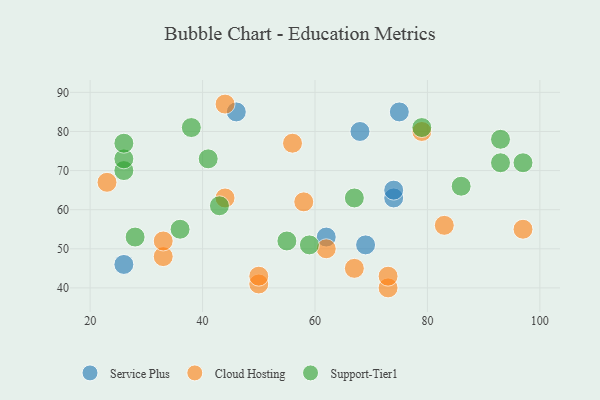
{"axis": {"x": "GDP", "y": "Life Expectancy"}, "legend": ["Cloud Hosting", "Service Plus", "Support-Tier1"], "data": [{"x": "68", "y": 80, "type": "Service Plus"}, {"x": "74", "y": 63, "type": "Service Plus"}, {"x": "74", "y": 65, "type": "Service Plus"}, {"x": "69", "y": 51, "type": "Service Plus"}, {"x": "46", "y": 85, "type": "Service Plus"}, {"x": "26", "y": 46, "type": "Service Plus"}, {"x": "75", "y": 85, "type": "Service Plus"}, {"x": "62", "y": 53, "type": "Service Plus"}, {"x": "73", "y": 40, "type": "Cloud Hosting"}, {"x": "33", "y": 48, "type": "Cloud Hosting"}, {"x": "73", "y": 43, "type": "Cloud Hosting"}, {"x": "79", "y": 80, "type": "Cloud Hosting"}, {"x": "50", "y": 41, "type": "Cloud Hosting"}, {"x": "97", "y": 55, "type": "Cloud Hosting"}, {"x": "44", "y": 87, "type": "Cloud Hosting"}, {"x": "62", "y": 50, "type": "Cloud Hosting"}, {"x": "56", "y": 77, "type": "Cloud Hosting"}, {"x": "23", "y": 67, "type": "Cloud Hosting"}, {"x": "58", "y": 62, "type": "Cloud Hosting"}, {"x": "83", "y": 56, "type": "Cloud Hosting"}, {"x": "33", "y": 52, "type": "Cloud Hosting"}, {"x": "67", "y": 45, "type": "Cloud Hosting"}, {"x": "50", "y": 43, "type": "Cloud Hosting"}, {"x": "44", "y": 63, "type": "Cloud Hosting"}, {"x": "86", "y": 66, "type": "Support-Tier1"}, {"x": "93", "y": 72, "type": "Support-Tier1"}, {"x": "97", "y": 72, "type": "Support-Tier1"}, {"x": "26", "y": 70, "type": "Support-Tier1"}, {"x": "36", "y": 55, "type": "Support-Tier1"}, {"x": "28", "y": 53, "type": "Support-Tier1"}, {"x": "43", "y": 61, "type": "Support-Tier1"}, {"x": "55", "y": 52, "type": "Support-Tier1"}, {"x": "67", "y": 63, "type": "Support-Tier1"}, {"x": "93", "y": 78, "type": "Support-Tier1"}, {"x": "38", "y": 81, "type": "Support-Tier1"}, {"x": "59", "y": 51, "type": "Support-Tier1"}, {"x": "79", "y": 81, "type": "Support-Tier1"}, {"x": "41", "y": 73, "type": "Support-Tier1"}, {"x": "26", "y": 73, "type": "Support-Tier1"}, {"x": "26", "y": 77, "type": "Support-Tier1"}]}